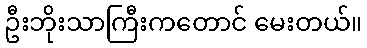
ဦးဘိုးသာကြီးကတောင် မေးတယ်။